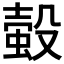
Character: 𧎅